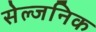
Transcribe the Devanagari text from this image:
सेल्जनिक